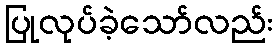
ပြုလုပ်ခဲ့သော်လည်း